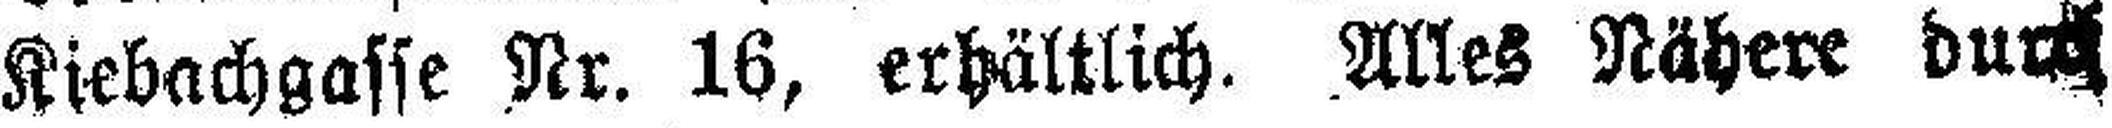
Kiebachgasse Nr. 16, erhältlich. Alles Nähere durch